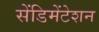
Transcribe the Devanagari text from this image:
सेंडिमेंटेशन